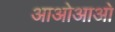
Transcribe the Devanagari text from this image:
आओआओ